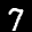
Label: 7